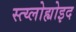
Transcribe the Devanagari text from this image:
स्त्य्लोह्योइद